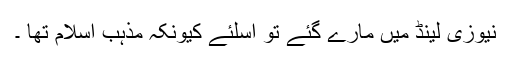
نیوزی لینڈ میں مارے گئے تو اسلئے کیونکہ مذہب اسلام تھا ۔